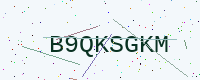
Text: B9QKSGKM